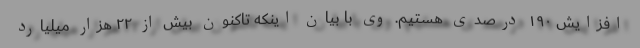
افزایش ۱۹۰ درصدی هستیم. وی با بیان اینکه تاکنون بیش از ۲۲ هزار میلیارد